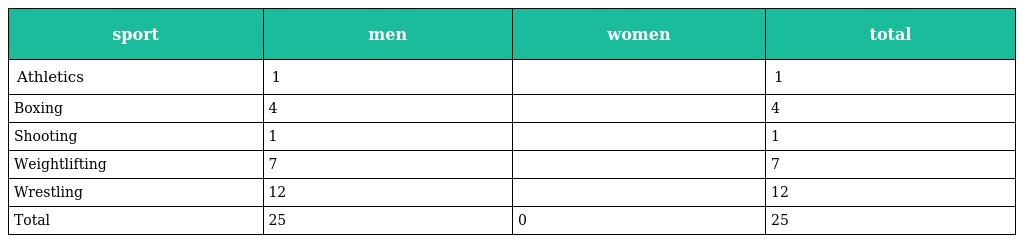
| sport | men | women | total |
 | --- | --- | --- | --- |
 | Athletics | 1 |  | 1 |
 | Boxing | 4 |  | 4 |
 | Shooting | 1 |  | 1 |
 | Weightlifting | 7 |  | 7 |
 | Wrestling | 12 |  | 12 |
 | Total | 25 | 0 | 25 |